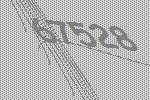
67528